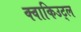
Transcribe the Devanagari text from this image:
क्वाकिउट्ल